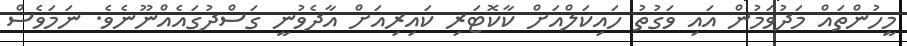
މީހުންތައް މަދުވަމުން އައި ވަގުތު ހައިކަލްއަށް ކާކޮޓަރި ކައިރިއަށް އާދެވުނީ ގަސްދުގައެއްނޫނެވެ. ނަމަވެސް